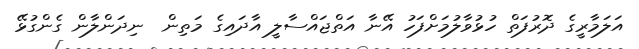
އަލަމާރީގެ ދޮރުފަތް ހުޅުވާލުމަށްފަހު އޭނާ އަތްޖައްސާލީ އާދައިގެ މަތިން  ނިދަންލާން ގެންގުޅޭ